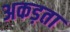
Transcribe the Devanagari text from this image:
अकड़ता